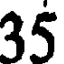
35